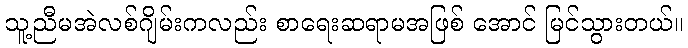
သူ့ညီမအဲလစ်ဂျိမ်းကလည်း စာရေးဆရာမအဖြစ် အောင် မြင်သွားတယ်။